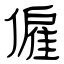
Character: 僱